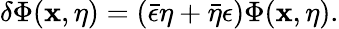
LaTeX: \delta\Phi(\mathbf{x},\eta)=(\bar{\epsilon}\eta+\bar{\eta}\epsilon)\Phi(\mathbf{x},\eta).